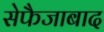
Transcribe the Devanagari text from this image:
सेफैजाबाद